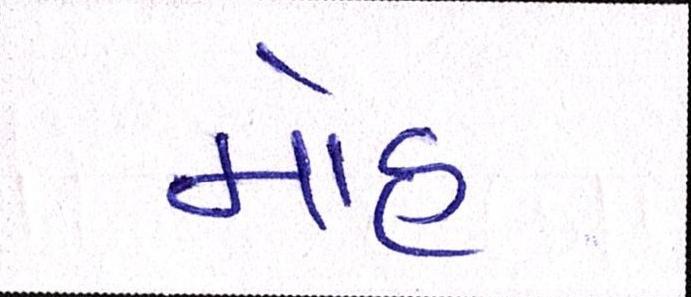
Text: મોહ